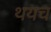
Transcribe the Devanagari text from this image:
थयच